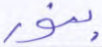
بنور